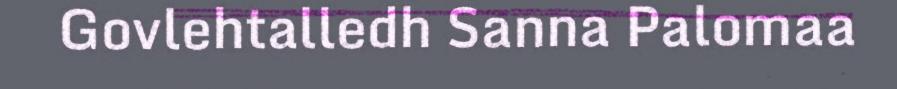
Govlehtalledh Sanna Palomaa